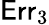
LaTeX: \mathsf{Err}_{3}